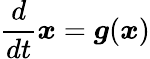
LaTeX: \frac{d}{dt}\boldsymbol{x}=\boldsymbol{g}(\boldsymbol{x})